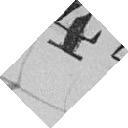
443